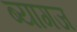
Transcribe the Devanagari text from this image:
ब्यागज